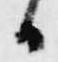
日